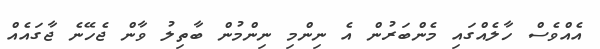
އެއްވެސް ހާލެއްގައި މެންބަރުން އެ ނިންމި ނިންމުން ބާތިލު ވާން ޖެހޭނެ ޖާގައެއް